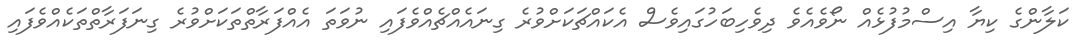
ކަލާންގެ ކިޔާ އިސްމުފުޅެއް ނޯވެއެވެ ދިވެހިބަހުގައިވެސް އެކައްޗަކަށްވުރެ ގިނައެއްޗެއްވެފައި ނުވަތަ އެއްފަރާތްތަކަށްވުރެ ގިނަފަރާތްތަކެއްވެފައި